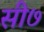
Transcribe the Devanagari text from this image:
सी७